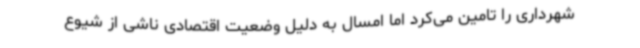
شهرداری را تامین می‌کرد اما امسال به دلیل وضعیت اقتصادی ناشی از شیوع